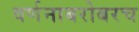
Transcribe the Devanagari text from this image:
वर्णनाबरोबरच